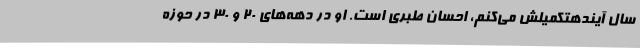
سال آیندهتکمیلش می‌کنم، احسان طبری است. او در دهه‌های 20 و 30 در حوزه